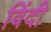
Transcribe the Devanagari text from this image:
विंदी